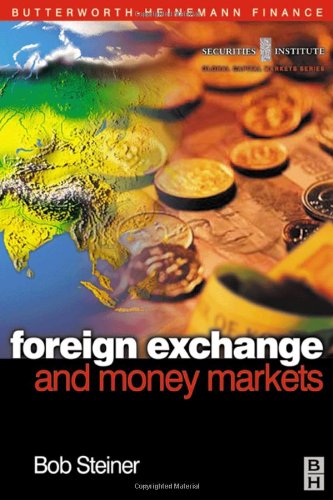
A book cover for Foreign Exchange and Money Markets: Theory, Practice and Risk Management (Securities Institute Global Capital Markets); Bob Steiner; Business & Money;